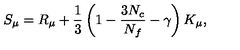
S _ { \mu } = R _ { \mu } + \frac { 1 } { 3 } \left( 1 - \frac { 3 N _ { c } } { N _ { f } } - \gamma \right) K _ { \mu } ,